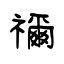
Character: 禰